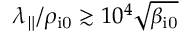
\lambda _ { \parallel } / \rho _ { \mathrm { i 0 } } \gtrsim 1 0 ^ { 4 } \sqrt { \beta _ { \mathrm { i 0 } } }